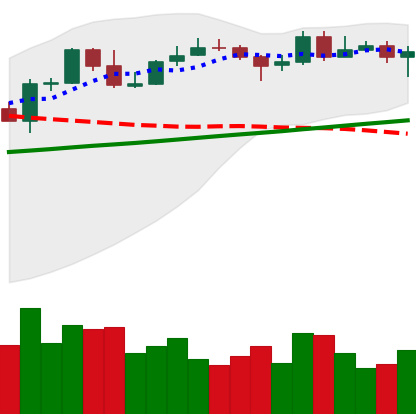
Ticker: LINK-USD
Chart end date: 2020-05-04
Forward return: 7.23%
Label: up_7plus